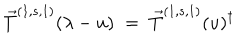
LaTeX: \vec { T } ^ { ( 1 , s , 1 ) } ( \lambda - u ) \; = \; { \vec { T } ^ { ( 1 , s , 1 ) } } ( u ) ^ { \dagger }